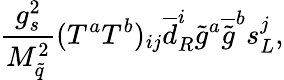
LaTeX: {\frac{g_{s}^{2}}{M_{\tilde{q}}^{2}}}(T^{a}T^{b})_{ij}{\overline{{d}}}_{R}^{i}{\tilde{g}}^{a}{\overline{{{\tilde{g}}}}}^{b}s_{L}^{j},